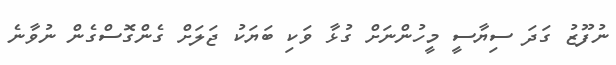
ނުފޫޒު ގަދަ ސިޔާސީ މީހުންނަށް ގުޅާ ވަކި ބަޔަކު ޖަލަށް ގެންގޮސްގެން ނުވާނެ